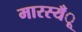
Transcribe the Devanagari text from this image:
मारस्यँू